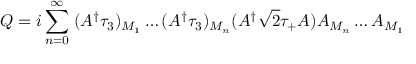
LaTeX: Q = i \sum _ { n = 0 } ^ { \infty } \; ( A ^ { \dagger } \tau _ { 3 } ) _ { M _ { 1 } } \ldots ( A ^ { \dagger } \tau _ { 3 } ) _ { M _ { n } } ( A ^ { \dagger } { \sqrt 2 } \tau _ { + } A ) A _ { M _ { n } } \ldots A _ { M _ { 1 } }